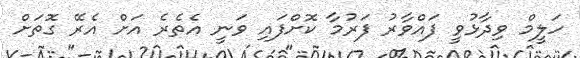
ހަލީމް ވިދާޅުވީ ފައްވާރު ފަރުމާ ކޮށްފައި ވަނީ އެތެރެ އަށް އެރޭ ގޮތަށް